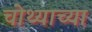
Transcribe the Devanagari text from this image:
चोथ्याच्या